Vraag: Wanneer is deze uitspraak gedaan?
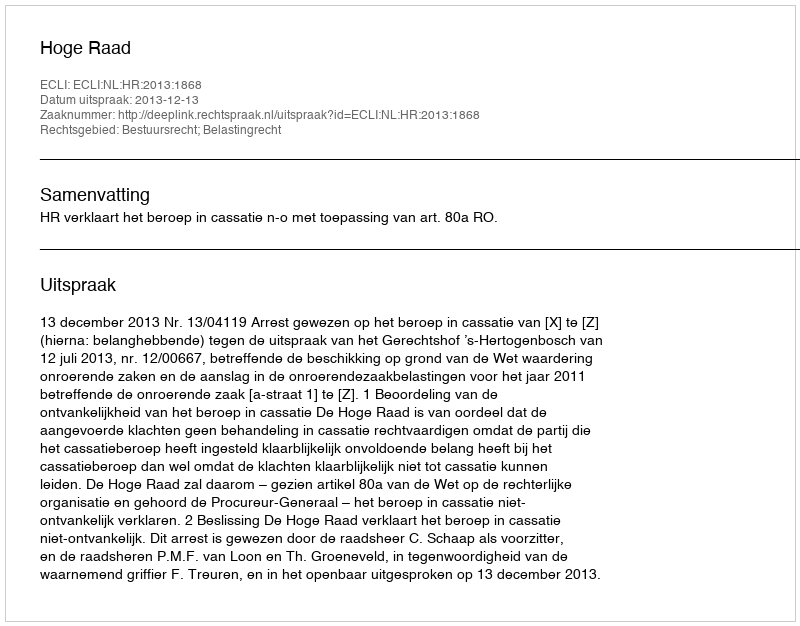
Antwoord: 2013-12-13